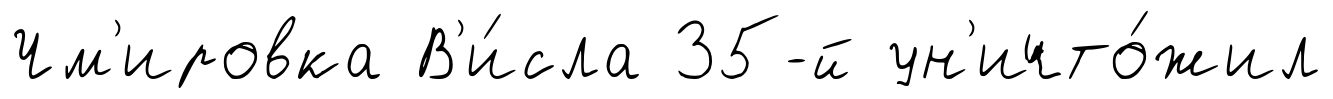
Чм'ировка В'и́сла 35-й ун'ичто́жил